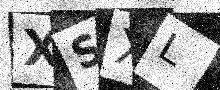
Text: XSXL